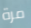
مرة